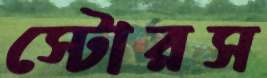
স্টোরস